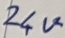
Text: 24V